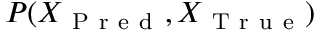
P ( X _ { \mathrm { ~ P ~ r ~ e ~ d ~ } } , X _ { \mathrm { ~ T ~ r ~ u ~ e ~ } } )